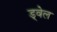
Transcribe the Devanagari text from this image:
ड्वेल